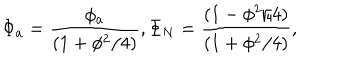
\Phi _ { a } = \frac { { \phi _ { a } } } { ( 1 + \phi ^ { 2 } / 4 ) } , \Phi _ { N } = \frac { { ( 1 - \phi ^ { 2 } / 4 ) } } { ( 1 + \phi ^ { 2 } / 4 ) } ,